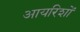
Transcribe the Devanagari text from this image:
आयरिशों